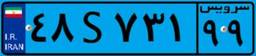
۷۸S۵۱۷۹۸